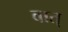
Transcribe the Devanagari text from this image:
वात्